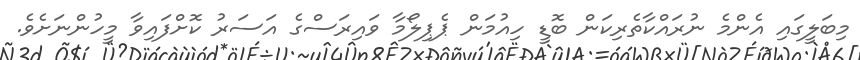
މިބަލީގައި އެންމެ ނުރައްކާތެރިކަން ބޮޑީ ހިއުމަން ޕެޕިލޯމާ ވައިރަސްގެ އަސަރު ކޮށްފައިވާ މީހުންނަށެވެ.